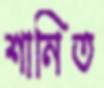
শানিত